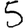
Digit: 5